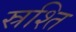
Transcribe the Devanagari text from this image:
स्रश्ति